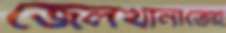
জেলখানাতেই